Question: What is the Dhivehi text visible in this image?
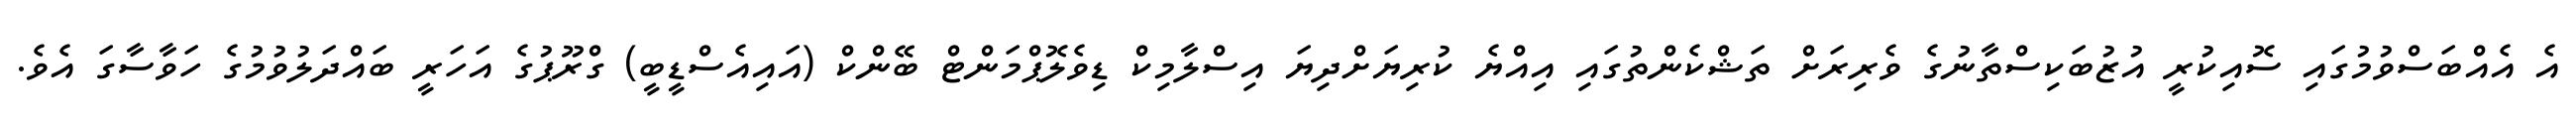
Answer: އެ އެއްބަސްވުމުގައި ސޮއިކުރީ އުޒުބަކިސްތާނުގެ ވެރިރަށް ތަޝްކެންތުގައި އިއްޔެ ކުރިޔަށްދިޔަ އިސްލާމިކް ޑިވެލޮޕްމަންޓް ބޭންކް (އައިއެސްޑީބީ) ގްރޫޕުގެ އަހަރީ ބައްދަލުވުމުގެ ހަވާސާގަ އެވެ.